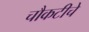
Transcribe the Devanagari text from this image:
चौकटीचे